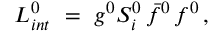
{ \cal L } _ { i n t } ^ { 0 } \ = \ g ^ { 0 } S _ { i } ^ { 0 } \, \bar { f } ^ { 0 } \, f ^ { 0 } \, ,